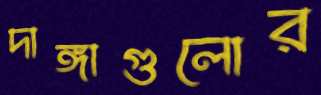
দাঙ্গাগুলোর